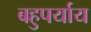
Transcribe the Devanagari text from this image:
बहुपर्याय